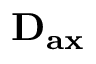
\mathbf { D _ { a x } }